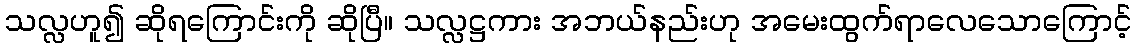
သလ္လဟူ၍ ဆိုရကြောင်းကို ဆိုပြီ။ သလ္လဋ္ဌကား အဘယ်နည်းဟု အမေးထွက်ရာလေသောကြောင့်